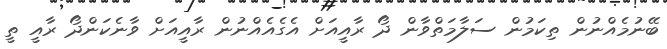
ބޭނުމެއްނުން ތިކަމުން ސަލާމަތްވާން ދޯ ރާއީއަށް އެގެއެއްނުން ރާއީއަށް ވާނެކަންދޯ ރާއީ ތީ